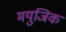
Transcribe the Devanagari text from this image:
मयुजिक